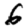
Digit: 6